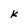
Character: k